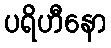
ပရိဟီနော